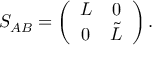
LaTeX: S _ { A B } = \left( \begin{array} { c c } { { L } } & { { 0 } } \\ { { 0 } } & { { \tilde { L } } } \end{array} \right) .